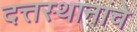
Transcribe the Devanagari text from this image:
दत्तस्थानांचे